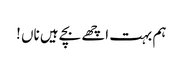
ہم بہت اچھے بچے ہیں ناں !